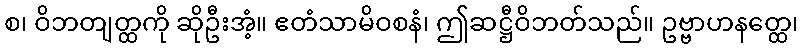
စ၊ ဝိဘတျတ္ထကို ဆိုဦးအံ့။ ဧတံသာမိဝစနံ၊ ဤဆဋ္ဌီဝိဘတ်သည်။ ဥဗ္ဗာဟနတ္ထေ၊